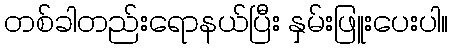
တစ်ခါတည်းရောနယ်ပြီး နှမ်းဖြူးပေးပါ။